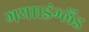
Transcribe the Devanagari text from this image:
गया।इंग्लैंड